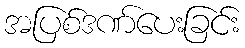
အပြစ်ဒဏ်ပေးခြင်း